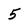
Character: 5